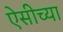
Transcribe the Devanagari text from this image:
ऐसीच्या